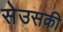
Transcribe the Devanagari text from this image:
सेउसकी